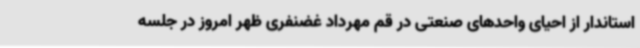
استاندار از احیای واحدهای صنعتی در قم مهرداد غضنفری ظهر امروز در جلسه